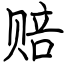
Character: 赔